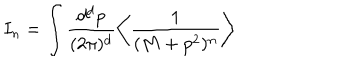
I _ { n } = \int \frac { d ^ { d } p } { ( 2 \pi ) ^ { d } } \left\langle \frac { 1 } { ( M + p ^ { 2 } ) ^ { n } } \right\rangle